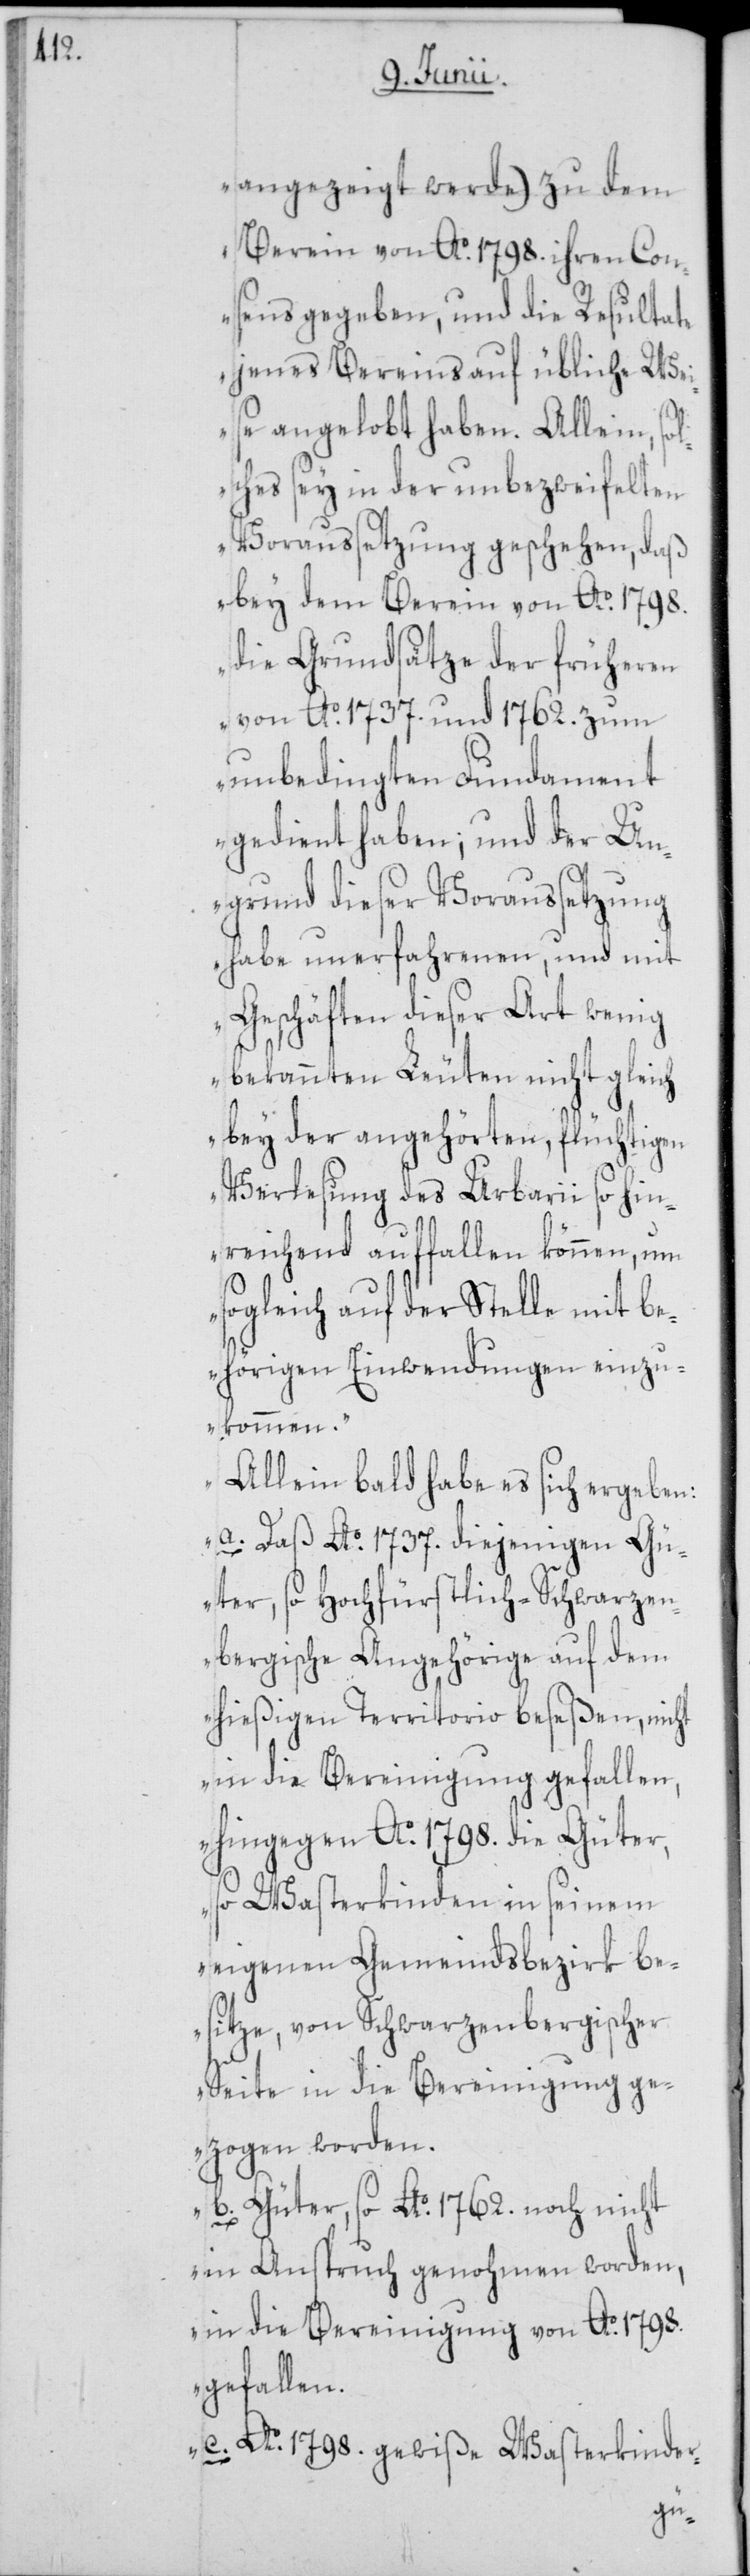
angezeigt werde) zu dem
Verein von Ao. 1798. ihren Con¬
sens gegeben, und die Resultate
jenes Vereins auf übliche Wei¬
se angelobt haben. Allein, sol¬
ches sey in der unbezweifelten
Voraussetzung geschehen, daß
bey dem Verein von Ao. 1798.
die Grundsätze der früheren
von Ao. 1737. und 1762. zum
unbedingten Fundament
gedient haben; und der Un¬
grund dieser Voraussetzung
habe unerfahrenen, und mit
Geschäften dieser Art wenig
bekannten Leuten nicht gl¬
bey der angehörten, flüchtigen
Verlesung des Urbarii so
reichend auffallen können, um
sogleich auf der Stelle mit be¬
hörigen Einwendungen einz¬
ukommen.
Allein bald habe es sich ergeben:
a. Daß Ao. 1737. diejenigen G¬
üter, so Hochfürstlich-Schwarz¬
bergische Angehörige auf dem
hießigen Territorio beseßen, nic¬
in die Bereinigung gefallen,
hingegen Ao. 1798. die Güter,
so Wasterkinden in seinem
eigenen Gemeindsbezirk be¬
sitze, von Schwarzenbergischer
Seite in die Bereinigung ge¬
zogen worden.
b. Güter, so Ao. 1762. noch nicht
in Anspruch genohmen worden,
in die Bereinigung von Ao. 1798.
gefallen.
c. Ao. 1798. gewiße Wasterkinder-
ht